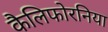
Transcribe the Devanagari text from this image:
कैलिफोरनिया